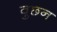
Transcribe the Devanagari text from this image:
वुछन